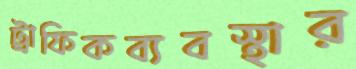
ট্রাফিকব্যবস্থার